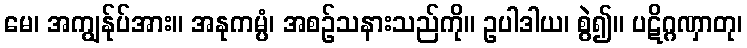
မေ၊ အကျွန်ုပ်အား။ အနုကမ္ပံ၊ အစဉ်သနားသည်ကို။ ဥပါဒါယ၊ စွဲ၍။ ပဋိဂ္ဂဏှာတု၊